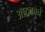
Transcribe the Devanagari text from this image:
आद्रकाचे